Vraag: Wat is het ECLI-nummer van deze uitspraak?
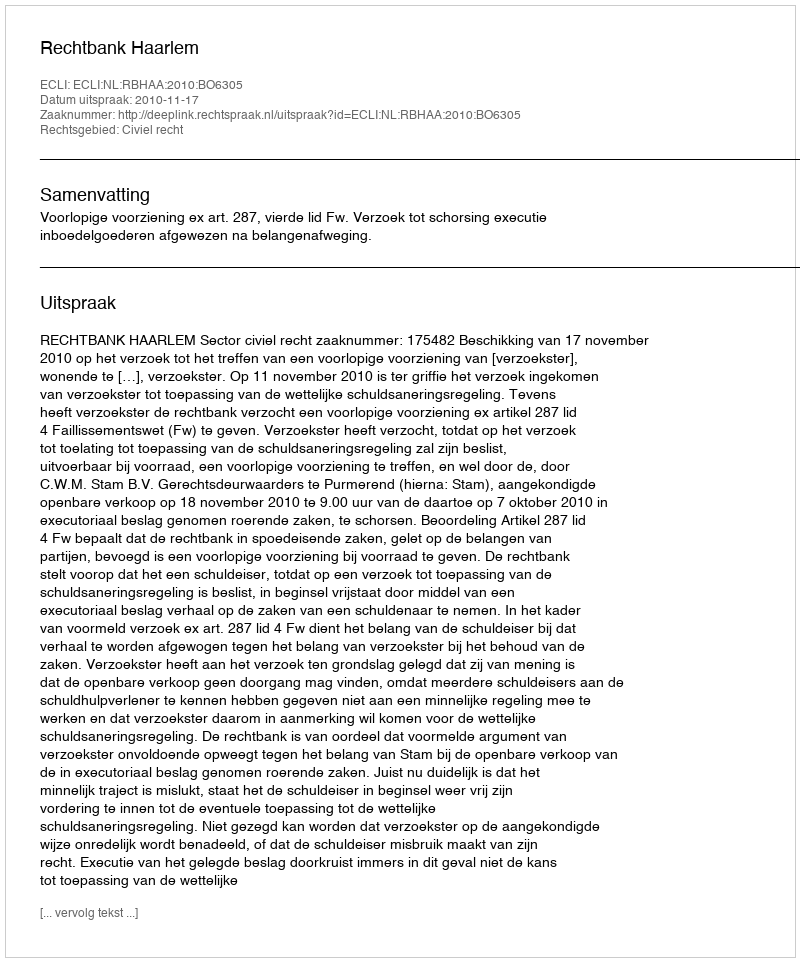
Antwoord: ECLI:NL:RBHAA:2010:BO6305